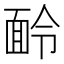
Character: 𩈖